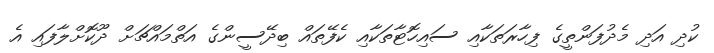
ކުދި އަދި މެދުފަންތީގެ ފިހާރަތަކާއި ސައިހޮޓާތަކާއި ކެފޭތައް ބިދޭސީންގެ އަތްމައްޗަށް ދޫކޮށްލާފައި އެ